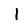
Digit: 1